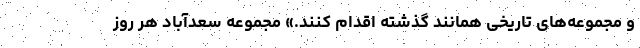
و مجموعه‌های تاریخی همانند گذشته اقدام کنند.» مجموعه سعدآباد هر روز